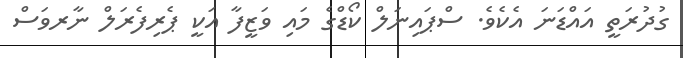
ގުދުރަތީ އައްޑަނަ އެކެވެ. ސްޕައިނަލް ކޯޑްގެ މައި ވަޒީފާ އަކީ ޕެރިފެރަލް ނާރވަސް